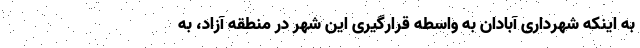
به اینکه شهرداری آبادان به واسطه قرارگیری این شهر در منطقه آزاد، به